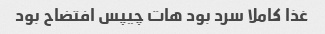
غذا کاملا سرد بود هات چیپس افتضاح بود